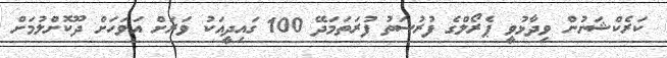
ކަރެކްޝަނުން ވިދާޅުވީ ޕެރޯލްގެ ފުރުސަތު ފުރަތަމަދޭ 100 ގައިދީއަކު ވަރަށް އަވަހަށް ދޫކޮށްލުމަށް